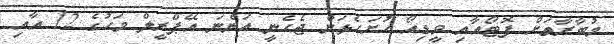
މުބާރާތަށް ފޮޓޯއާއި ވީޑިއޯ ހުށަހެޅަން ޖެހެނީ އަންނަ އޭޕްރީލް މަހުގެ 12 އާއި